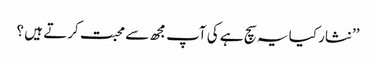
’’نثار کیا یہ سچ ہے کی آپ مجھ سے محبت کرتے ہیں ؟